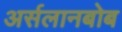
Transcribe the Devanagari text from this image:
अर्सलानबोब